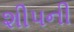
શીપની